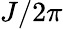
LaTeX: J/2\pi